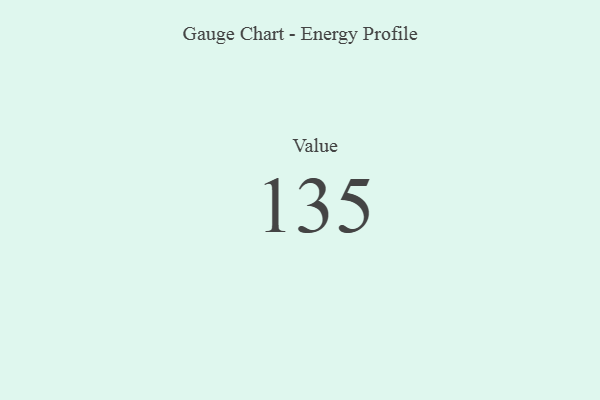
{"axis": {"x": "Metric", "y": "Value"}, "legend": [""], "data": [{"x": "Value", "y": 135, "type": ""}]}